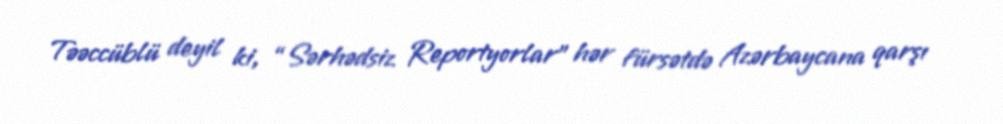
Təəccüblü deyil ki, “Sərhədsiz Reportyorlar” hər fürsətdə Azərbaycana qarşı